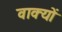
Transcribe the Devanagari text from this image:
वाक्‍यों